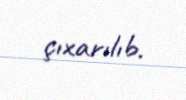
çıxarılıb.